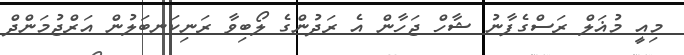
މިއީ މުޣަލް ރަސްގެފާނު ޝާހް ޖަހާން އެ ރަދުންގެ ލޯބިވާ ރަނިކަނބަލުން އަރްޖުމަންދް